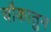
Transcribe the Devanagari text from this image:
चौकातुन